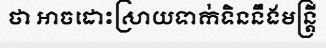
ថា អាចដោះស្រាយទាក់ទិននឹងមន្ត្រី